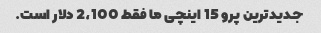
جدیدترین پرو 15 اینچی ما فقط 2،100 دلار است.